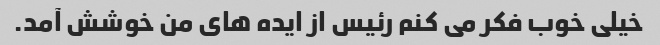
خیلی خوب فکر می کنم رئیس از ایده های من خوشش آمد.